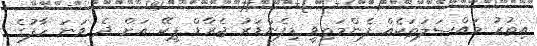
އިތުރު މައްސަލަތަކެއް ފެންމަތިވީ ޑިފެންޑަރު ޖެރާޑް ޕީކޭ އަށް ދެ ވަނަ ހާފުގެ